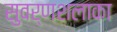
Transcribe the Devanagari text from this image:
सुवर्णशलाका